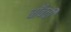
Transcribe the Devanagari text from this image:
बाँबची